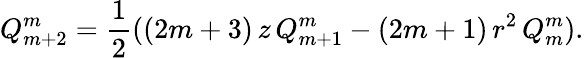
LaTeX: Q_{m+2}^{m}=\frac{1}{2}((2m+3)\, z\, Q_{m+1}^{m}-(2m+1)\, r^{2}\, Q_{m}^{m}).